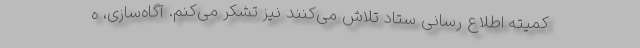
کمیته اطلاع رسانی ستاد تلاش می‌کنند نیز تشکر می‌کنم. آگاه‌سازی، ه